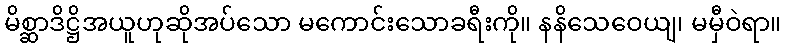
မိစ္ဆာဒိဋ္ဌိအယူဟုဆိုအပ်သော မကောင်းသောခရီးကို။ နနိသေဝေယျ၊ မမှီဝဲရာ။